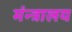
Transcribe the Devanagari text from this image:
मंन्त्रालय